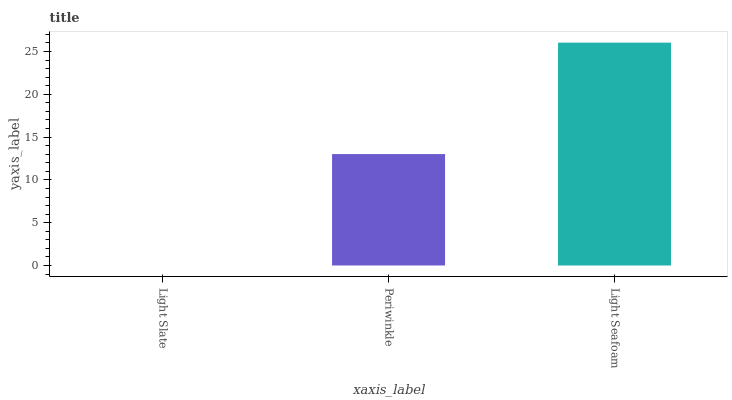
| xaxis_label | bars |
 | --- | --- |
 | Light Slate | 0 |
 | Periwinkle | 13 |
 | Light Seafoam | 26 |